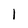
Character: 1